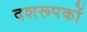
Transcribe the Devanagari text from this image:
दशरूपकों